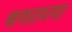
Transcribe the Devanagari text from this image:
भगतच्या